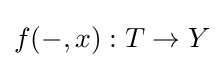
f(-,x):T\to Y